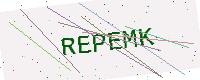
Text: REPEMK